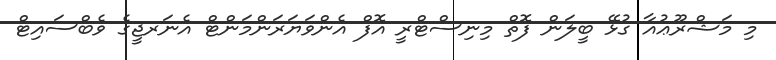
މި މަޝްރޫޢުއާ ގުޅޭ ބީލަން ފޮތް މިނިސްޓްރީ އޮފް އެންވަޔަރަންމަންޓް އެނަރޖީގެ ވެބްސައިޓް